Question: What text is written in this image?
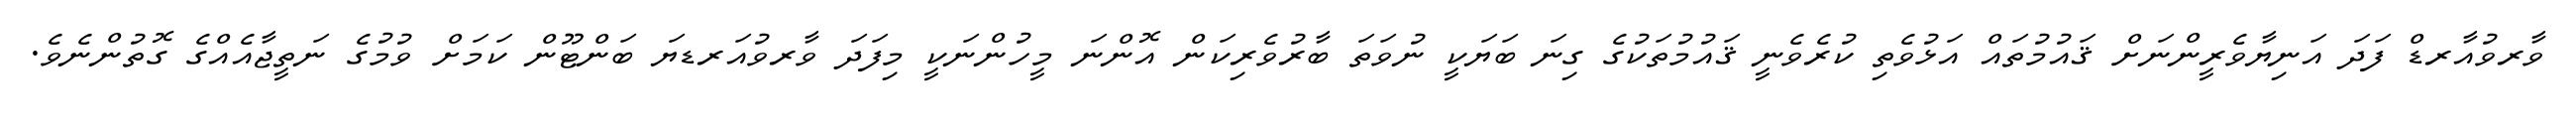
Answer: ވާރވުއާރޑް ފަދަ އަނިޔާވެރީންނަށް ޤައުމުތައް އަޅުވެތި ކުރެވެނީ ޤައުމުތަކުގެ ގިނަ ބަޔަކީ ނުވަތަ ބާރުވެރިކަން އޮންނަ މީހުންނަކީ މިފަދަ ވާރވުއަރޑޔަ ބަންޓޫން ކަމަށް ވުމުގެ ނަތީޖާއެއްގެ ގޮތުންނެވެ.